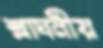
শ্লাঘনীয়